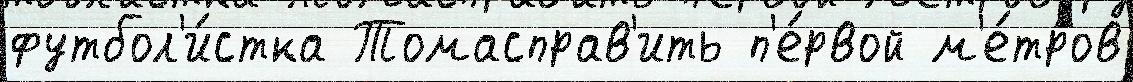
футбол'и́стка Томасправ'ить п'е́рвой м'е́тров